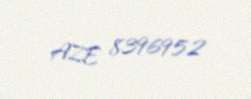
AZE 8396952